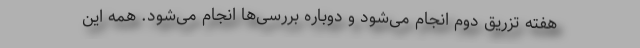
هفته تزریق دوم انجام می‌شود و دوباره بررسی‌ها انجام می‌شود. همه این